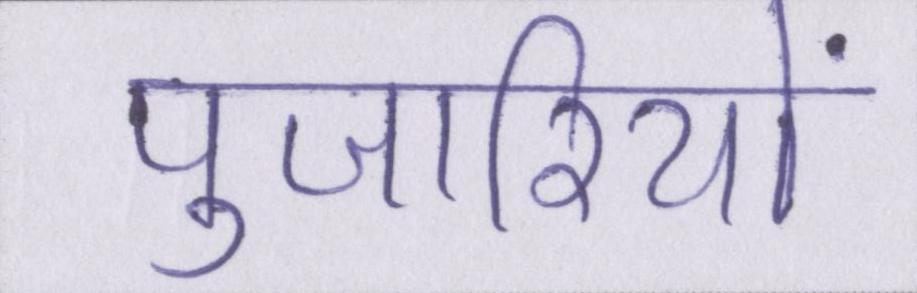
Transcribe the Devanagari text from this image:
पुजारियों